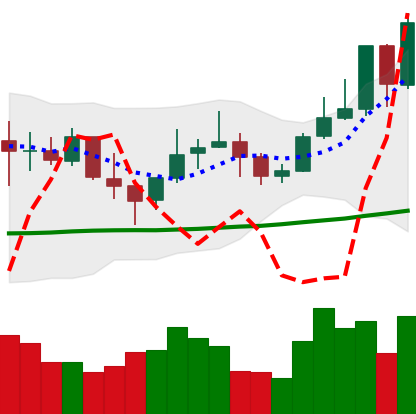
Ticker: LINK-USD
Chart end date: 2021-10-25
Forward return: -8.252%
Label: down_7plus